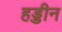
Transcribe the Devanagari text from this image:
हड्डीन